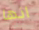
انها